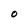
Character: O